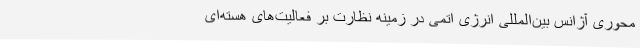
محوری آژانس بین‌المللی انرژی اتمی در زمینه نظارت بر فعالیت‌های هسته‌ای